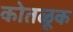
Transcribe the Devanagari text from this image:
कोतळूक